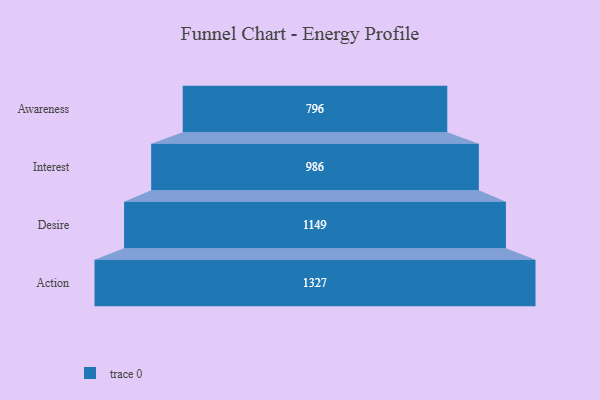
{"axis": {"x": "Stage", "y": "Value"}, "legend": [""], "data": [{"x": "Awareness", "y": 796.0, "type": ""}, {"x": "Interest", "y": 986.0, "type": ""}, {"x": "Desire", "y": 1149.0, "type": ""}, {"x": "Action", "y": 1327.0, "type": ""}]}